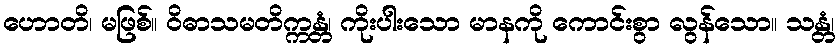
ဟောတိ၊ မဖြစ်။ ဝိဓာသမတိက္ကန္တံ၊ ကိုးပါးသော မာနကို ကောင်းစွာ လွန်သော။ သန္တံ၊